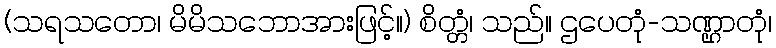
(သရသတော၊ မိမိသဘောအားဖြင့်။) စိတ္တံ၊ သည်။ ဌပေတုံ-သဏ္ဌာတုံ၊